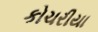
કોચરીયા